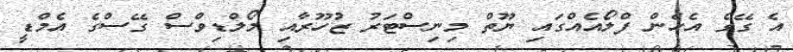
އެ ގޭގެ އެހެން ފްލޯއެއްގައި ޔޫތް މިނިސްޓަރު ޒުހޫރާއި މޯލްޑިވްސް ގޭސްގެ އެމްޑީ